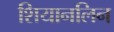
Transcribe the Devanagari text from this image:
शियानलिन